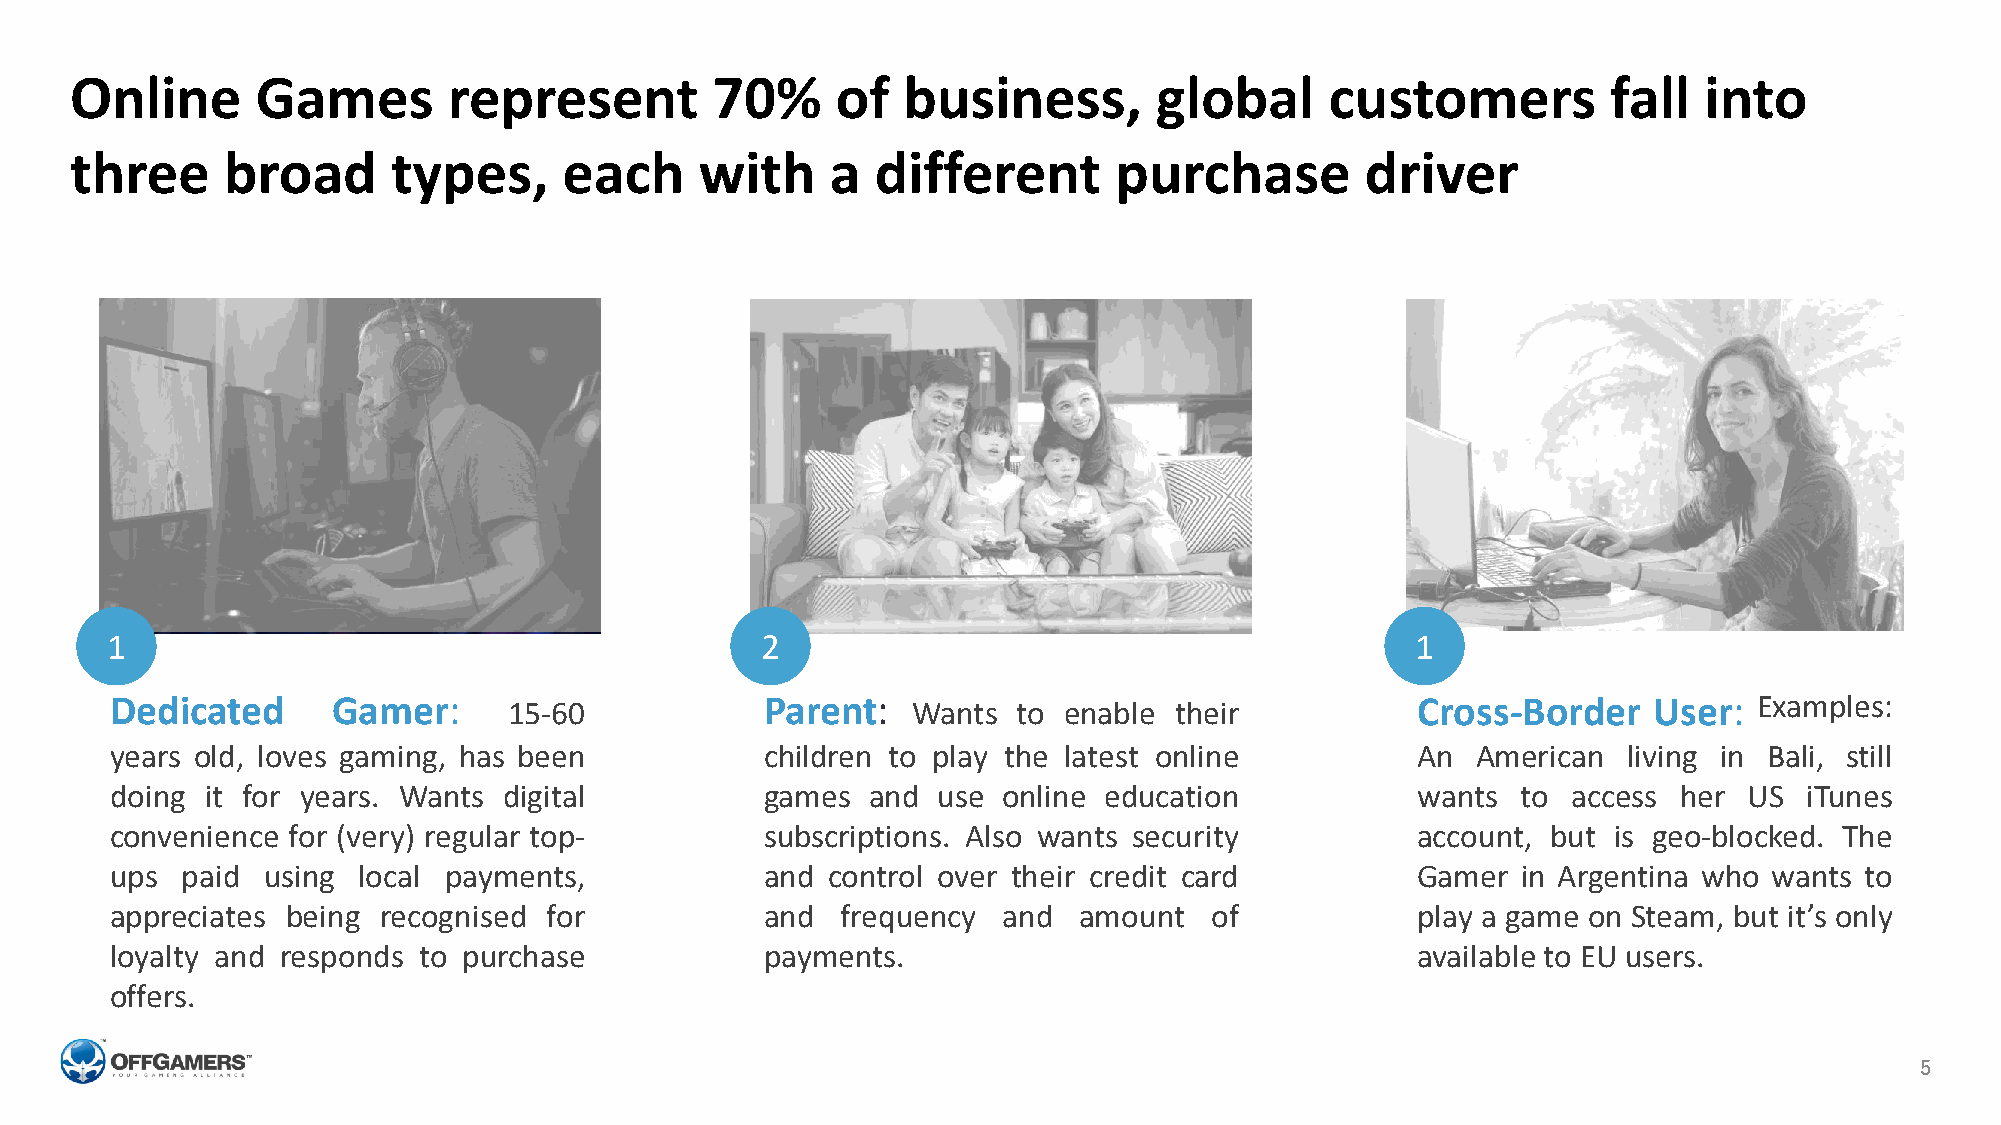
Online      Games        represent        70%     of   business,        global     customers          fall  into
 three     broad      types,     each     with     a  different       purchase        driver
 1                                          2                                           1
 Dedicated      Gamer:      15-60            Parent:  Wants  to enable  their           Cross-Border   User:  Examples:
 years old, loves gaming, has been           children to play the latest online         An  American  living in Bali, still
 doing  it for years. Wants digital          games and  use online education            wants  to access her  US  iTunes
 convenience for (very) regular top-         subscriptions. Also wants security         account, but is geo-blocked. The
 ups  paid using  local payments,            and control over their credit card         Gamer  in Argentina who wants to
 appreciates being recognised for            and  frequency and  amount   of            play a game on Steam, but it’s only
 loyalty and responds to purchase            payments.                                  available to EU users.
 offers.
 5